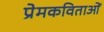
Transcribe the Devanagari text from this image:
प्रेमकविताओं